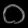
Digit: ၀